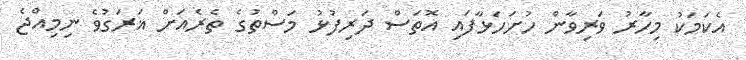
އެކަމަކު މިހާރު ވަރިވާން ހުށަހަޅާފައި އޮތަސް ދަރިފުޅު މަސްތުގެ ތެރެއަށް ޣަރަގުވެ ނިމިއްޖެ